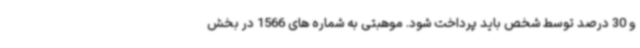
و 30 درصد توسط شخص باید پرداخت شود. موهبتی به شماره های 1566 در بخش